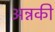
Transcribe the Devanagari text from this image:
अन्नकी